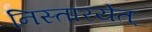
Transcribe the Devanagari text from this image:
निस्तारयेत्